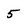
Character: 5